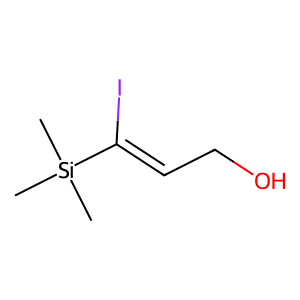
SMILES: C[Si](C)(C)C(I)=CCO
Inhibits HIV replication: No